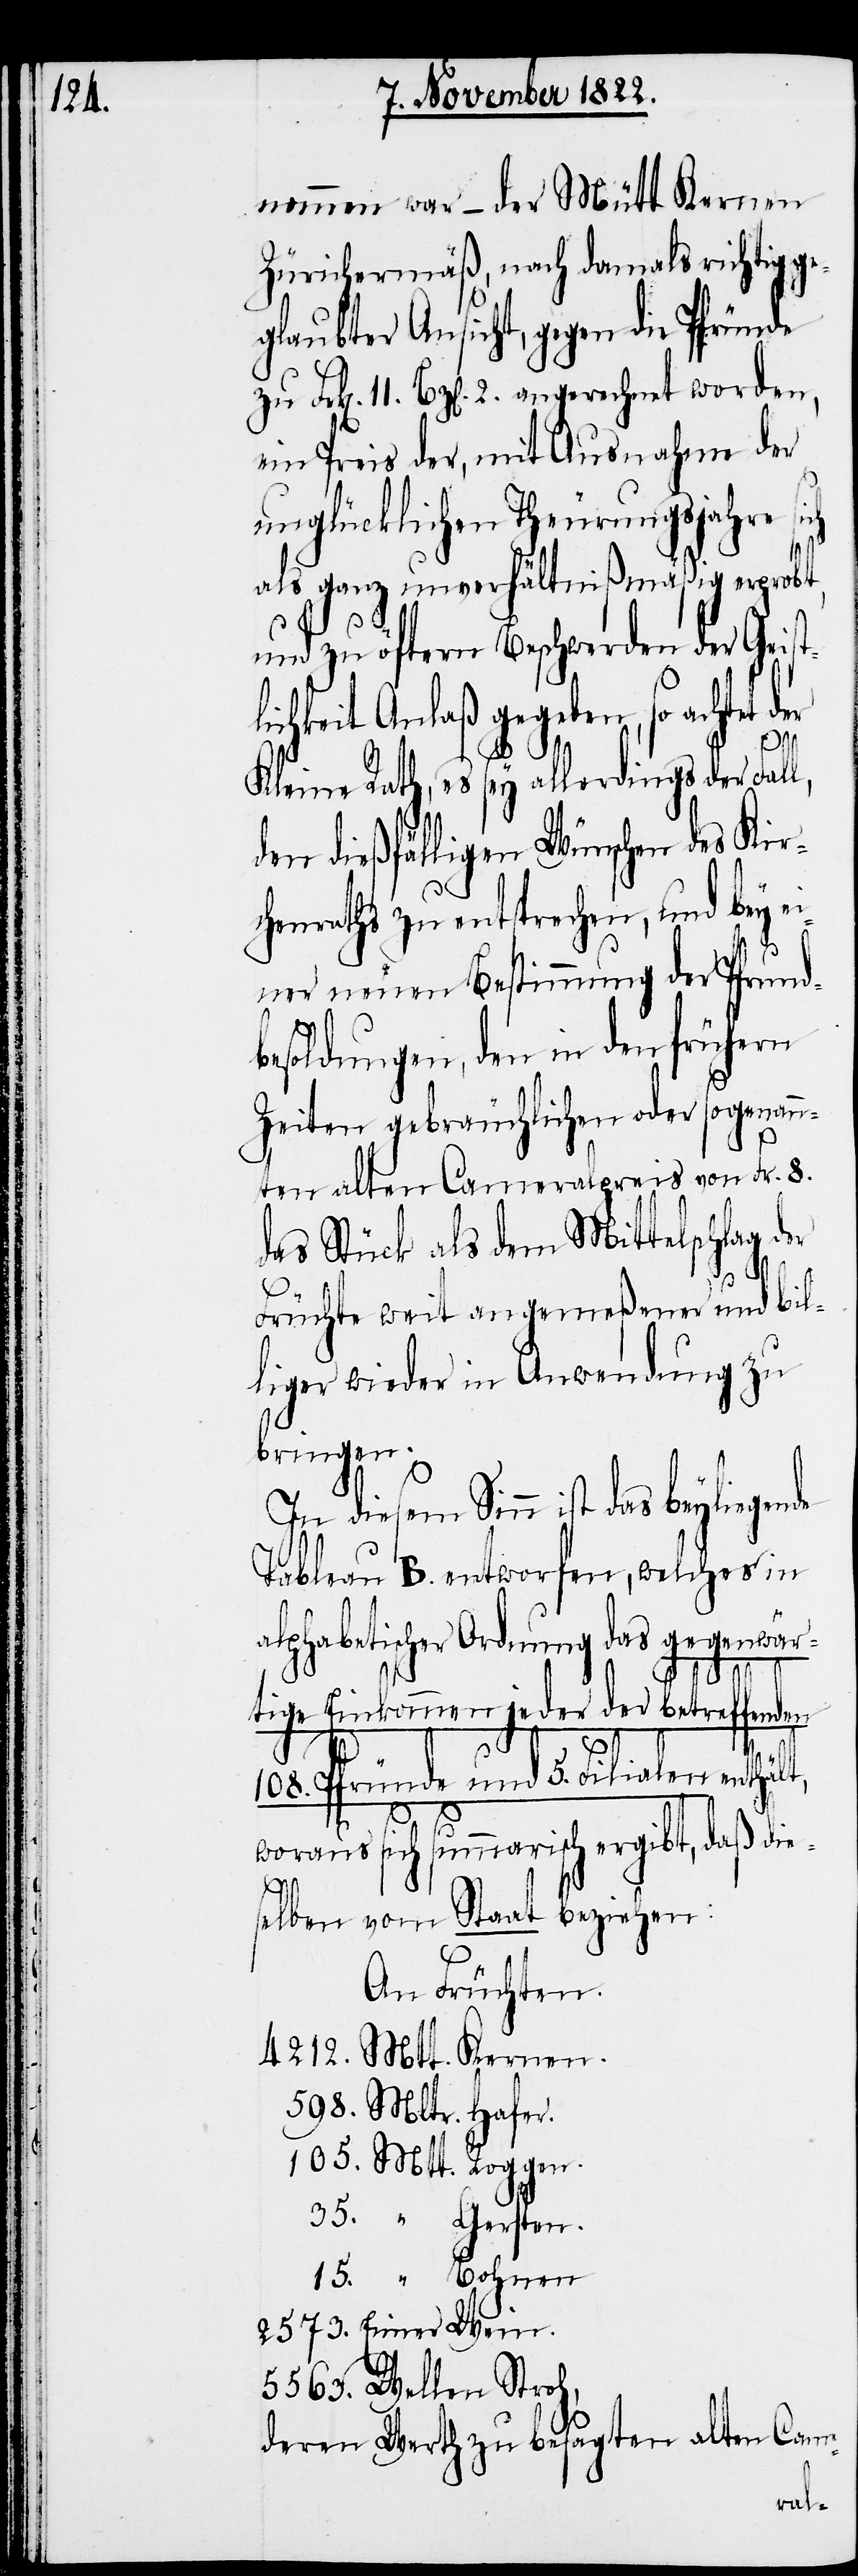
nommen war – der Mütt Kernen
Zürichermäß, nach damals richtig ge¬
glaubter Ansicht, gegen die Pfründe
Bz[en]. 2. angerechnet worden,
ein Preis der, mit Ausnahme der
unglücklichen Theurungsjahre sich
als ganz unverhältnißmäßig erprobt,
und zu öftern Beschwerden der Geist¬
lichkeit Anlaß gegeben, so achtet
598.
Mtt.
Hafer.
Kleine Rath, es sey allerdings der Fal¬
den dießfälligen Wünschen des Kir¬
chenraths zu entsprechen, und bey e¬
iner neuen Bestimmung der Pfrund¬
besoldungen, den in den frühern
Zeiten gebräuchlichen oder sogenan¬
nten alten Cameralpreis von Fr. 8.
das Stück als dem Mittelschlag der
5563.
Früchte weit angemeßener und bil¬
liger wieder in Anwendung zu
bringen.
In diesem Sinn ist das beyliegende
Tableau B. entworfen, welches in
alphabetischer Ordnung das gegenwär¬
15.
tige Einkommen jeder der betreffenden
108. Pfründe und 5. Filialen enthält,
woraus sich summarisch ergibt, daß dies¬
35.
elben vom Staat beziehen:
An Früchten.
deren Werth zu besagten alten Came-